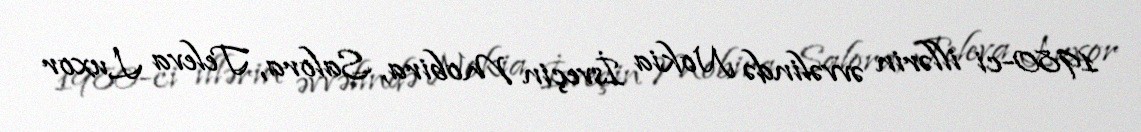
1980-ci illərin əvvəlində Nokia İsveçin Mobira, Salora, Televa Luxor